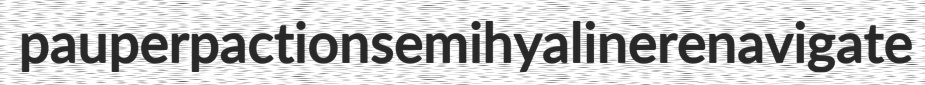
pauper paction semihyaline renavigate